Lunatic asylums Central Provinces reports 1895-1909 - 1895-1909
Year: 1895
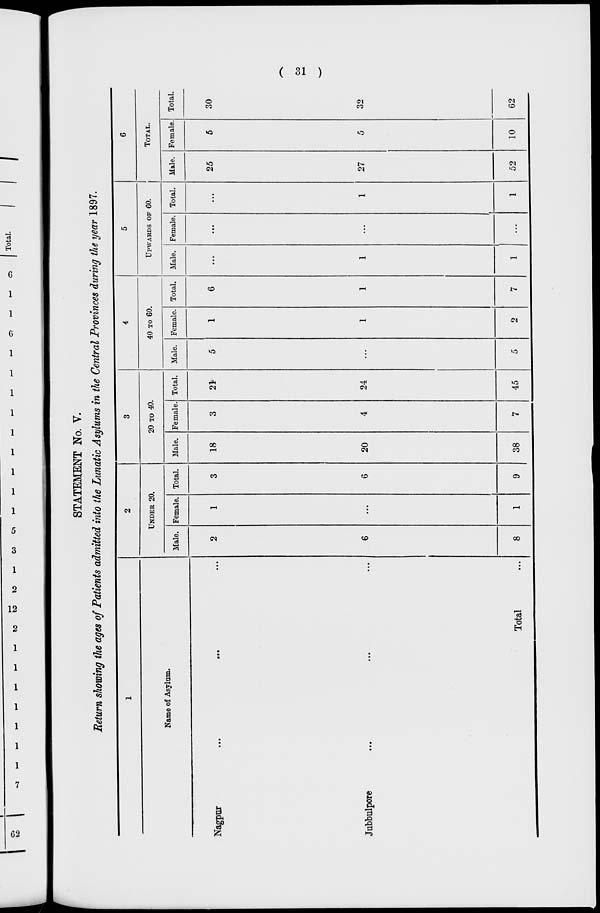
( 31 )
STATEMENT No. V.
Return showing the ages of Patients admitted into the Lunatic Asylums in the Central Provinces during the year 1897.
1
Name of Asylum.
Nagpur
...
...
Jubbulpore ... ...
Total ...
2
UNDER 20.
Male.
2
6
8
Female.
1
...
1
Total.
3
6
9
3
20 TO 40.
Male.
18
20
38
Female
3
4
7
Total.
21
24
45
4
40 TO 60.
Male.
5
...
5
Female.
1
1
2
Total.
6
1
7
5
UPWARDS OF 60.
Male.
...
1
1
Female.
...
...
...
Total.
...
1
1
6
TOTAL.
Male.
25
27
52
Female.
5
5
10
Total.
30
32
62